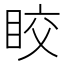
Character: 𥅟